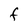
Character: F